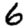
Digit: 6